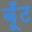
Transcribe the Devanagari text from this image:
बूँट